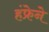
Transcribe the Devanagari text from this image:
हंफ्रेने